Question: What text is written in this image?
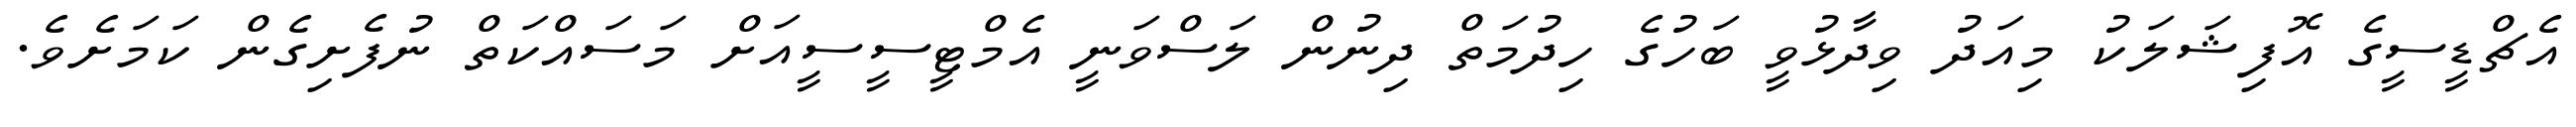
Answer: އެޗްޑީސީގެ އޮފިޝަލަކު މިއަދު ވިދާޅުވީ ބަހުގެ ހިދުމަތް ދިނުން ލަސްވަނީ އެމްޓީސީސީއަށް މަސައްކަތް ނުފެށިގެން ކަމަށެވެ.